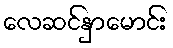
လေဆင်နှာမောင်း